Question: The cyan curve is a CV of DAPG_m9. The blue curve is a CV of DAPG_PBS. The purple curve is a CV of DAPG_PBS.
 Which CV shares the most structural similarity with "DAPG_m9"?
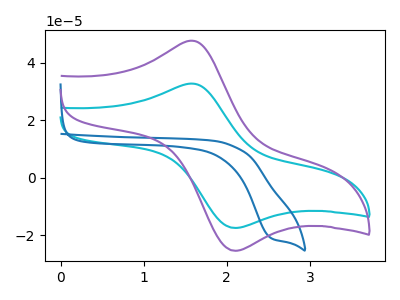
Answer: <think>The cyan curve "DAPG_m9" has an anodic peak at (1.60V, 32.75uA) and a cathodic peak at (2.10V, -17.45uA). The blue curve "DAPG_PBS" has a cathodic peak at: (2.55V, -20.90uA). The purple curve "DAPG_PBS" has an anodic peak at (1.60V, 47.70uA) and a cathodic peak at (2.10V, -25.40uA).
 "DAPG_m9" and "DAPG_PBS" have a different number of peaks. All the peaks in "DAPG_m9" have a peak in "DAPG_PBS" at the same potential. Every peak in "DAPG_m9" is lower than every peak in "DAPG_PBS". "DAPG_PBS" and "DAPG_PBS" have a different number of peaks.</think>
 <answer>The CV with the most similar shape to "DAPG_PBS" is "DAPG_m9".</answer>
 <eval>"DAPG_m9"</eval>